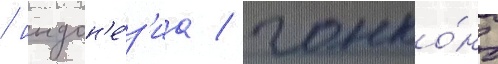
/ индон'е́з'иа / гонко́нг